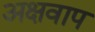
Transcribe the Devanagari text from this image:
अक्षवाप